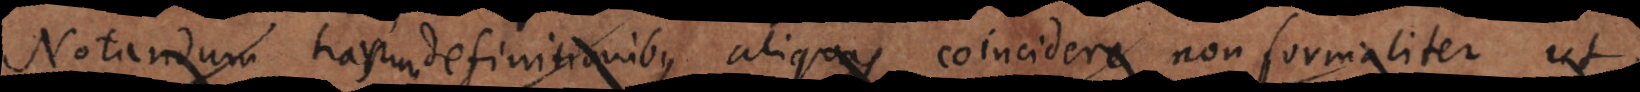
Notandum harum definitionibus aliquas coincidere non formaliter ut